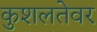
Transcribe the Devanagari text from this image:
कुशलतेवर